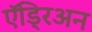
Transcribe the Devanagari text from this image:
ऍड्रिअन